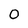
Character: 0